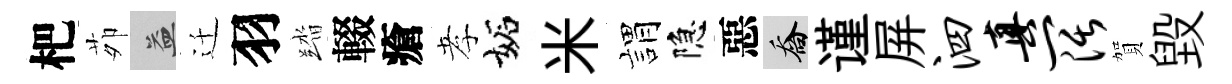
杷茆益迁羽踏輟瘡孝妬米娟隐惡喬谨屏泗真阔賀毁